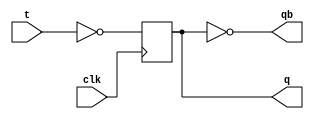
`timescale 1ns / 1ps

module T_ff(
input t,clk,
output reg q,
output qb
    ); 
    always@(posedge clk)
 begin
q<=(~t);
 end
 assign qb = ~q;
endmodule